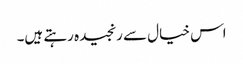
اس خیال سے رنجیدہ رہتے ہیں۔